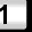
Digit: 1